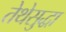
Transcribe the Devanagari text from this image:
तेथेसुद्धा